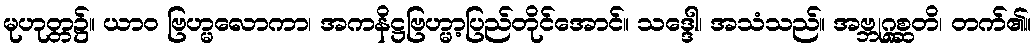
မုဟုတ္တ၌။ ယာဝ ဗြဟ္မလောကာ၊ အကနိဋ္ဌဗြဟ္မာ့ပြည်တိုင်အောင်။ သဒ္ဒေါ၊ အသံသည်။ အဗ္ဘုဂ္ဂစ္ဆတိ၊ တက်၏။